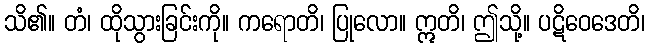
သိ၏။ တံ၊ ထိုသွားခြင်းကို။ ကရောတိ၊ ပြုလော။ ဣတိ၊ ဤသို့။ ပဋိဝေဒေတိ၊